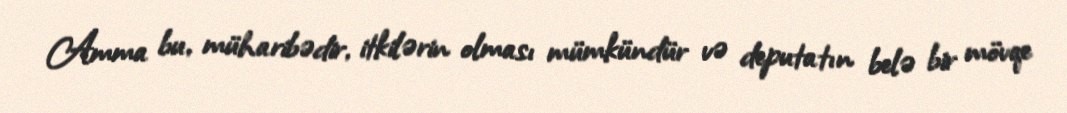
Amma bu, müharibədir, itkilərin olması mümkündür və deputatın belə bir mövqe